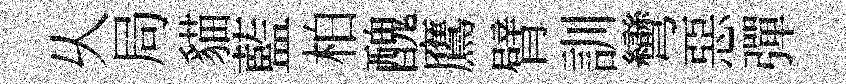
乆局貓藍柏醜鷹臂訓彎惡彈